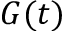
G ( t )